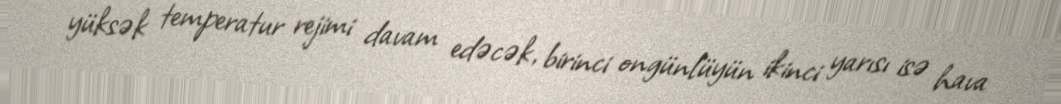
yüksək temperatur rejimi davam edəcək, birinci ongünlüyün ikinci yarısı isə hava